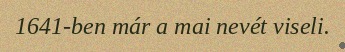
1641-ben már a mai nevét viseli.